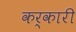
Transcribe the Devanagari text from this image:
कर्कारी